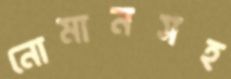
নোমানসহ